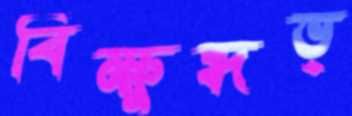
বিক্ষুব্ধভ্